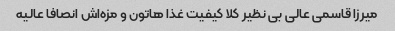
میرزا قاسمی عالی بی نظیر کلا کیفیت غذا هاتون و مزه‌اش انصافا عالیه